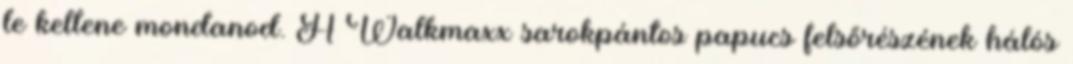
le kellene mondanod. A Walkmaxx sarokpántos papucs felsőrészének hálós